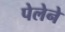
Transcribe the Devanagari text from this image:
पेलेने